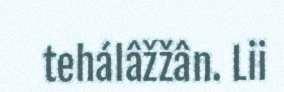
tehálâžžân. Lii